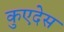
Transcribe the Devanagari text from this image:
कुएदेस